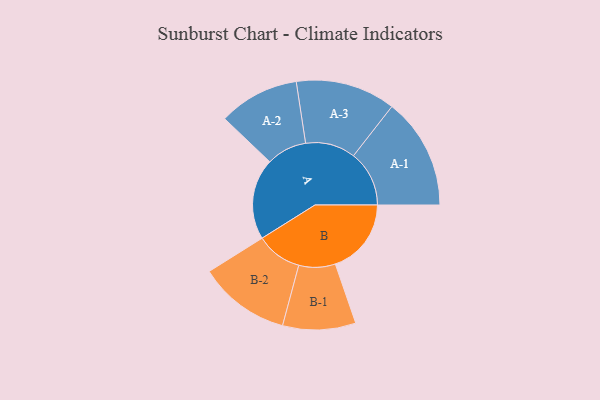
{"axis": {"x": "Segment", "y": "Value"}, "legend": ["", "A", "B"], "data": [{"x": "A", "y": 380, "type": ""}, {"x": "B", "y": 356, "type": ""}, {"x": "A-1", "y": 261, "type": "A"}, {"x": "A-2", "y": 189, "type": "A"}, {"x": "A-3", "y": 234, "type": "A"}, {"x": "B-1", "y": 171, "type": "B"}, {"x": "B-2", "y": 215, "type": "B"}]}